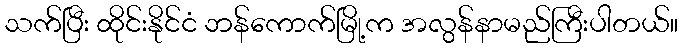
သက်ပြီး ထိုင်းနိုင်ငံ ဘန်ကောက်မြို့က အလွန်နာမည်ကြီးပါတယ်။